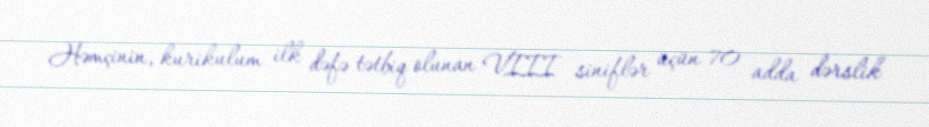
Həmçinin, kurikulum ilk dəfə tətbiq olunan VIII siniflər üçün 70 adda dərslik